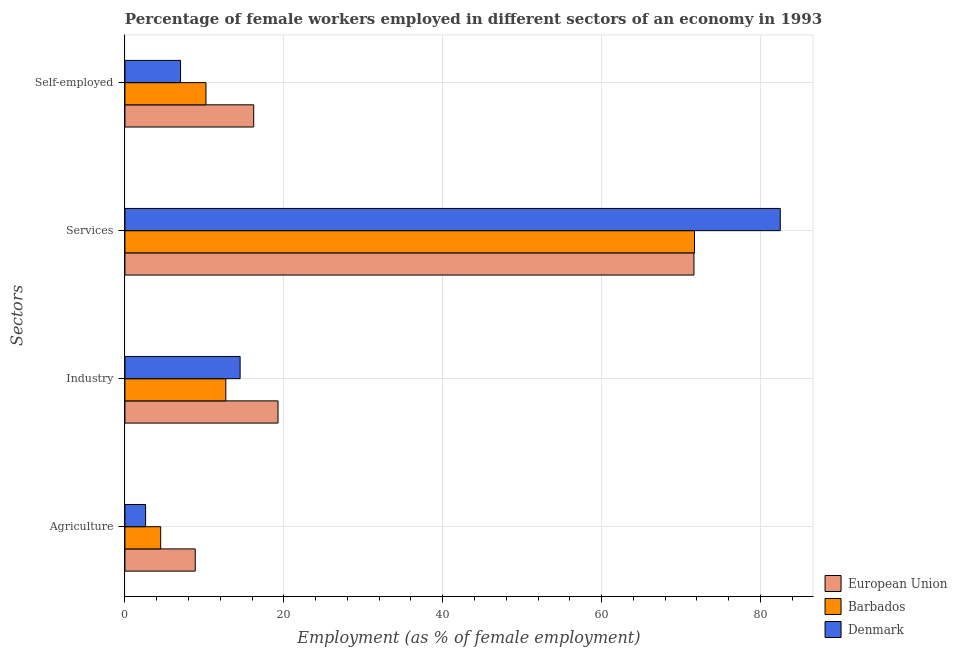
| Sectors | European Union | Barbados | Denmark |
 | --- | --- | --- | --- |
 | Agriculture | 8.85 | 4.5 | 2.6 |
 | Industry | 19.3 | 12.7 | 14.5 |
 | Services | 71.6 | 71.7 | 82.5 |
 | Self-employed | 16.2 | 10.2 | 7 |